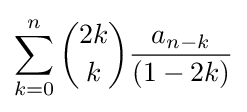
\sum _{k=0}^{n}{\binom {2k}{k}}{\frac {a_{n-k}}{(1-2k)}}